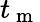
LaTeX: t_{\mathrm{~m~}}